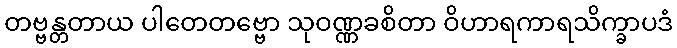
တဗ္ဗန္တတာယ ပါတေတဗ္ဗော သုဝဏ္ဏခစိတာ ဝိဟာရကာရသိက္ခာပဒံ